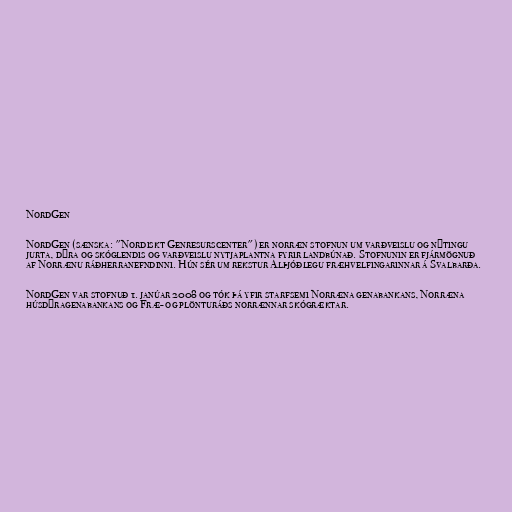
NordGen

NordGen (sænska: "Nordiskt Genresurscenter") er norræn stofnun um varðveislu og nýtingu
jurta, dýra og skóglendis og varðveislu nytjaplantna fyrir landbúnað. Stofnunin er fjármögnuð
af Norrænu ráðherranefndinni. Hún sér um rekstur Alþjóðlegu fræhvelfingarinnar á Svalbarða.

NordGen var stofnuð 1. janúar 2008 og tók þá yfir starfsemi Norræna genabankans, Norræna
húsdýragenabankans og Fræ- og plönturáðs norrænnar skógræktar.